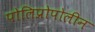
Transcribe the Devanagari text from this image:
पोलिप्रोपोलीन